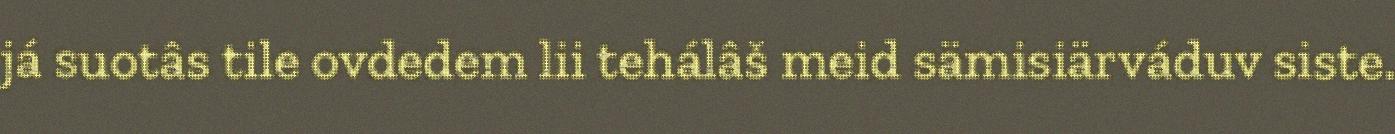
já suotâs tile ovdedem lii tehálâš meid sämisiärváduv siste.